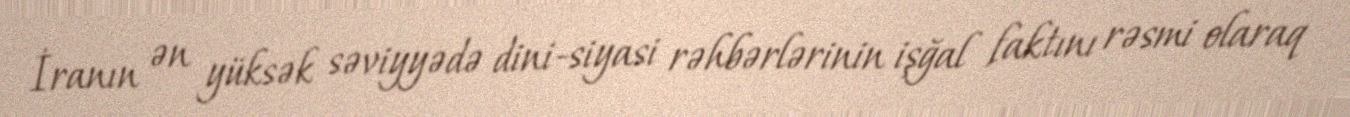
İranın ən yüksək səviyyədə dini-siyasi rəhbərlərinin işğal faktını rəsmi olaraq